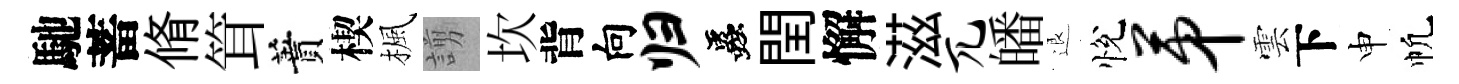
馳蓄脩䇯蕡楔楓謭坎背向归蟲閏懈滋兀皤退悅第雲下申帆